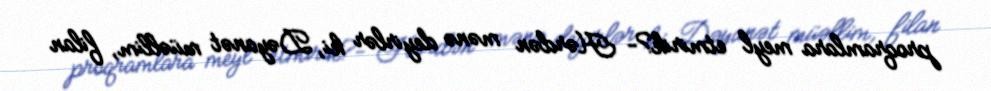
proqramlara meyl etmirik?- Hərdən mənə deyirlər ki, Dəyanət müəllim, filan